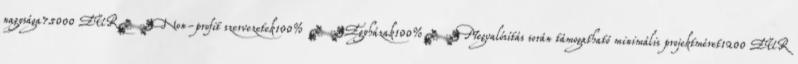
nagysága75000 EUR▪Non-profit szervezetek100% ▪Egyházak100%▪Megvalósítás során támogatható minimális projektméret1200 EUR